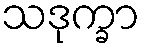
သဒုက္ခာ